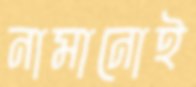
নামানোই